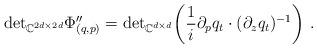
LaTeX: \begin{align*}{\rm det}_{\mathbb{C}^{2d\times 2d}} \Phi''_{(q,p)} = {\rm det}_{\mathbb{C}^{d\times d}}\bigg( \frac{1}{i}\partial _pq_t\cdot (\partial_zq_t)^{-1}\bigg) \ .\end{align*}